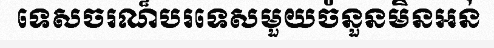
ទេសចរណ៏បរទេសមួយចំនួនមិនអន់